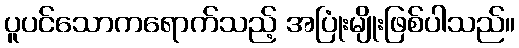
ပူပင်သောကရောက်သည့် အပြုံးမျိုးဖြစ်ပါသည်။